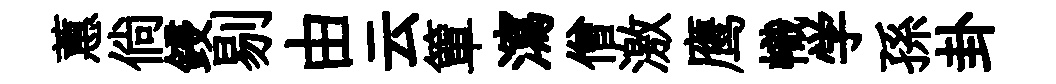
蕙倘鋟剔由云簞瀉僧激鹰幟学孫卦